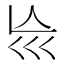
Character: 𡿬